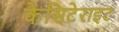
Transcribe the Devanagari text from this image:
केसिटेराइट